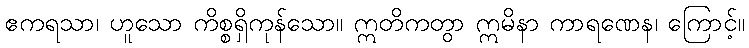
ဧကရသာ၊ ဟူသော ကိစ္စရှိကုန်သော။ ဣတိကတွာ ဣမိနာ ကာရဏေန၊ ကြောင့်။